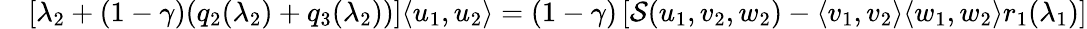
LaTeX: \begin{array}{rl}&{\left[\lambda_{2}+(1-{\gamma})(q_{2}(\lambda_{2})+q_{3}(\lambda_{2}))\right]\langle u_{1},u_{2}\rangle=(1-{\gamma})\left[{\mathcal{S}}(u_{1},v_{2},w_{2})-\langle v_{1},v_{2}\rangle\langle w_{1},w_{2}\rangle r_{1}(\lambda_{1})\right]}\end{array}